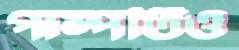
পাম্পটিও